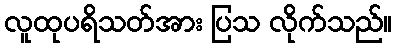
လူထုပရိသတ်အား ပြသ လိုက်သည်။